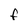
Character: f